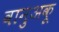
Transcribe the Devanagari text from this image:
वानुअकू